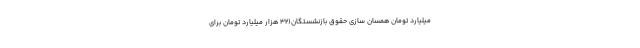
میلیارد تومان همسان سازی حقوق بازنشستگان(۳۲ هزار میلیارد تومان برای